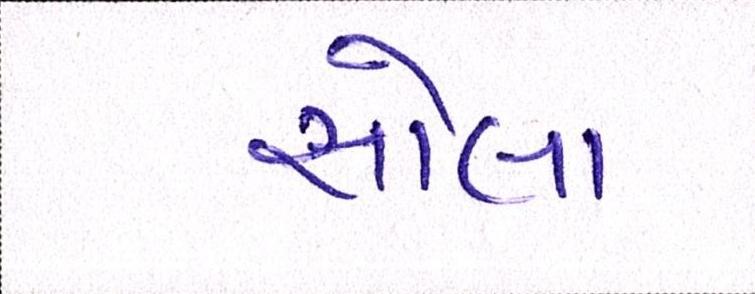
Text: સોલા